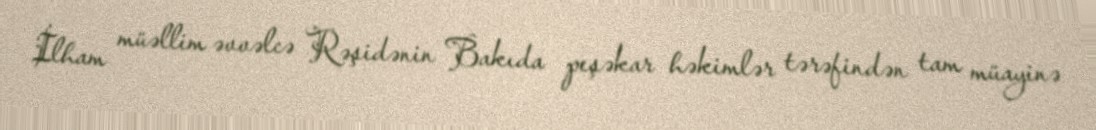
İlham müəllim əvvəlcə Rəşidənin Bakıda peşəkar həkimlər tərəfindən tam müayinə